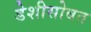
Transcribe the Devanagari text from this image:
डेशीसोबत